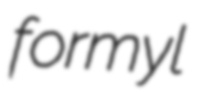
formyl